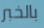
بالخبر